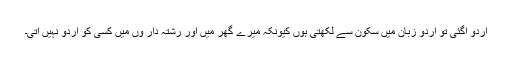
اردو آگئی تو اردو زبان میں سکون سے لکھتی ہوں کیونکہ میرے گھر میں اور رشتہ دار وں میں کسی کو اردو نہیں آتی۔